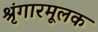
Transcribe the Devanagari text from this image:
श्रृंगारमूलक